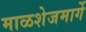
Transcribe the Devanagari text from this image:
माळशेजमार्गे